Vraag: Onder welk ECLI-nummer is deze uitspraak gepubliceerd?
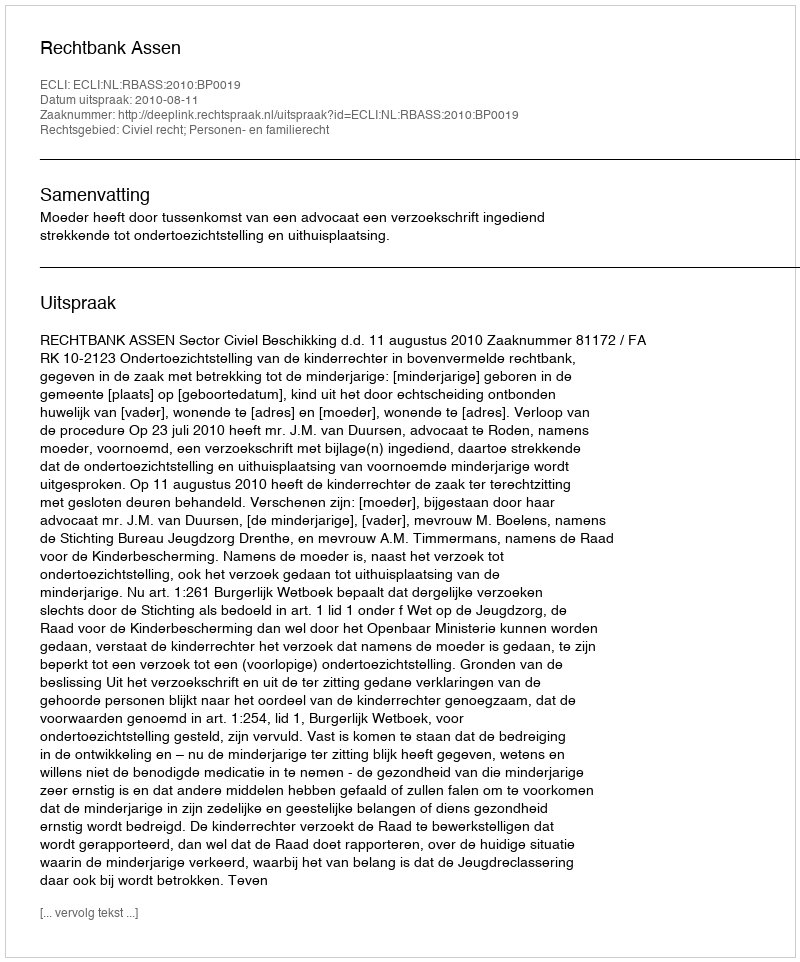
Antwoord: ECLI:NL:RBASS:2010:BP0019